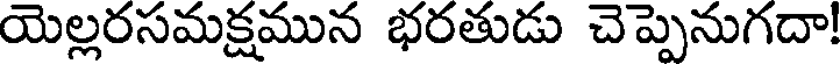
యెల్లరసమక్షమున భరతుడు చెప్పెనుగదా!